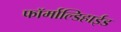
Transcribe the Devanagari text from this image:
फॉर्माल्डिहाईड